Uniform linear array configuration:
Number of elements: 16
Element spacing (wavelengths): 0.75
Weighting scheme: hann
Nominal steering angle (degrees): -15
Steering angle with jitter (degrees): -14.162
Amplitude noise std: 0.05
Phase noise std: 0.05

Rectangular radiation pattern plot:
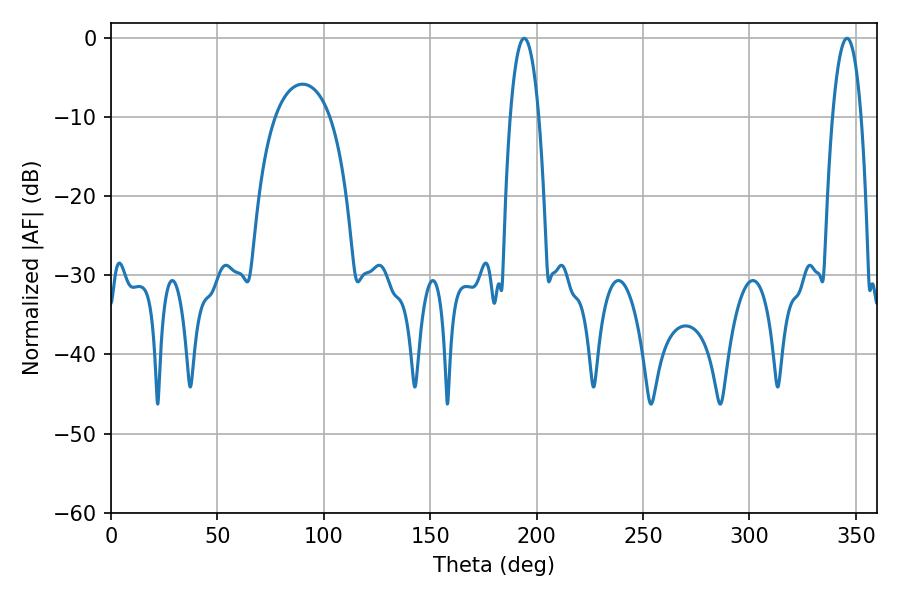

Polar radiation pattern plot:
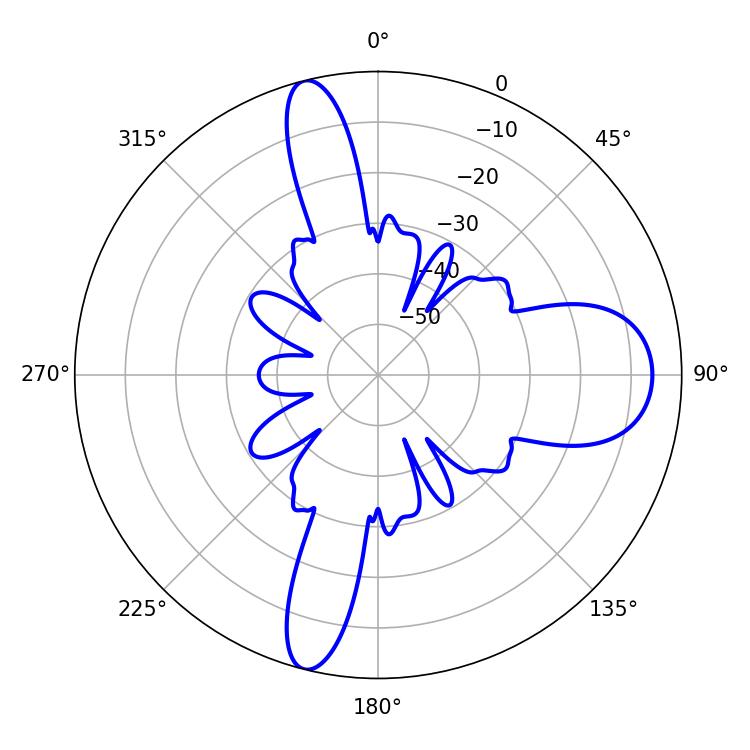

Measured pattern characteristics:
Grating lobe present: TRUE
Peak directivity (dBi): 17.696
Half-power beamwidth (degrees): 7.56
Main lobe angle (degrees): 345.78